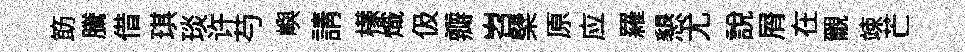
筯騰借琪琰许芍嶼請檬熾伋瓣岧檗原应羅懇尤説屑在覼竦芒